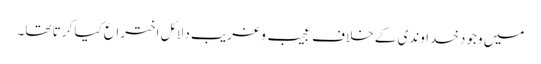
میں وجودِ خداوندی کے خلاف عجیب و غریب دلائل اختراع کیا کرتا تھا۔